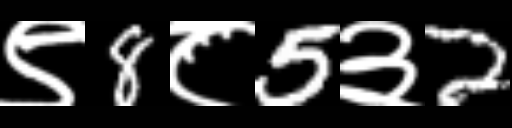
Text: ९8८5३2